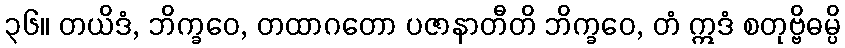
၃၆။ တယိဒံ, ဘိက္ခဝေ, တထာဂတော ပဇာနာတီတိ ဘိက္ခဝေ, တံ ဣဒံ စတုဗ္ဗိဓမ္ပိ